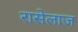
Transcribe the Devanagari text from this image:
रासेलाज